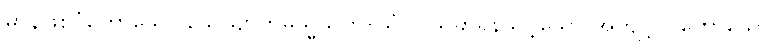
မာနဖြစ်ပုံဟောသော သေယျာဟမသ္မိသုတ်-သံ။ ပယ်ခွာရန်သင့်သော အကျင့်ကိုဟောသော